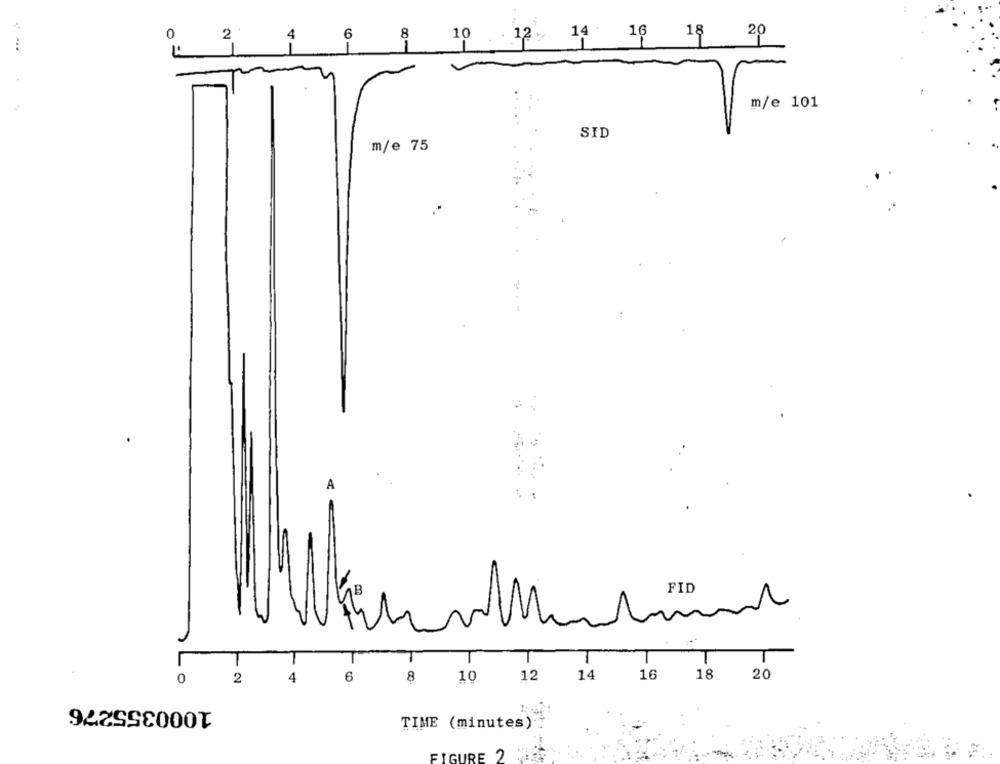
0
2
4
6
8
10
12- 14 16 18 20
m/e 101
SID
m/e 75
FID
0
2
4
6
8
10
12
14
16
18
20
1000355276
TIME (minutes)
FIGURE 2